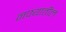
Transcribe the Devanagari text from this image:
नफ्यातील